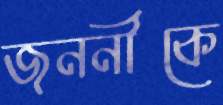
জননীকে